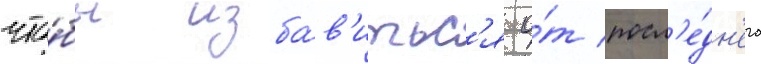
что́бы изба́в'итьс'я о́т посл'е́дн'его